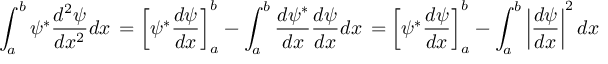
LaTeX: \int _ { a } ^ { b } \psi ^ { * } { \frac { d ^ { 2 } \psi } { d x ^ { 2 } } } d x \, = \left[ \psi ^ { * } { \frac { d \psi } { d x } } \right] _ { a } ^ { b } - \int _ { a } ^ { b } { \frac { d \psi ^ { * } } { d x } } { \frac { d \psi } { d x } } d x \, = \left[ \psi ^ { * } { \frac { d \psi } { d x } } \right] _ { a } ^ { b } - \int _ { a } ^ { b } \left| { \frac { d \psi } { d x } } \right| ^ { 2 } d x